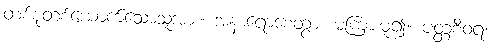
တစ်စုံတစ်ယောက်သောသူအား။ အနာရောစေတွာ၊ မကြားမူ၍။ ပတ္တစီဝရံ၊